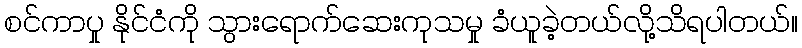
စင်ကာပှု နိုင်ငံကို သွားရောက်ဆေးကုသမှု ခံယူခဲ့တယ်လို့သိရပါတယ်။